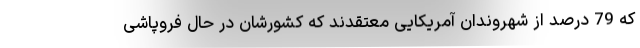
که 79 درصد از شهروندان آمریکایی معتقدند که کشورشان در حال فروپاشی